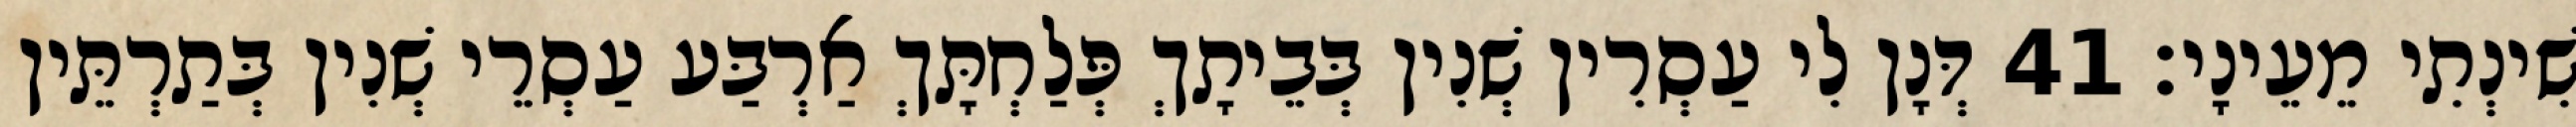
שִׁינְתִי מֵעֵינָי׃ 41 דְּנָן לִי עַסְרִין שְׁנִין בְּבֵיתָךְ פְּלַחְתָּךְ אַרְבַּע עַסְרֵי שְׁנִין בְּתַרְתֵּין